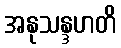
အနုသန္ဒဟတိ